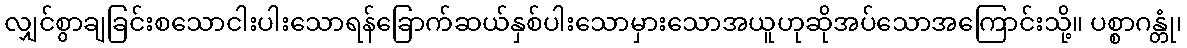
လျှင်စွာချခြင်းစသောငါးပါးသောရန်ခြောက်ဆယ်နှစ်ပါးသောမှားသောအယူဟုဆိုအပ်သောအကြောင်းသို့။ ပစ္စာဂန္တုံ၊